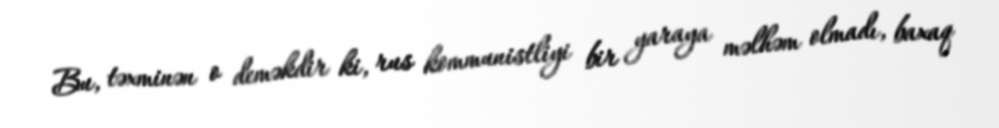
Bu, təxminən o deməkdir ki, rus kommunistliyi bir yaraya məlhəm olmadı, baxaq